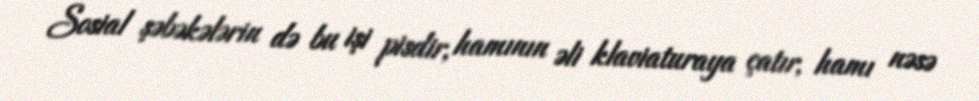
Sosial şəbəkələrin də bu işi pisdir, hamının əli klaviaturaya çatır, hamı nəsə